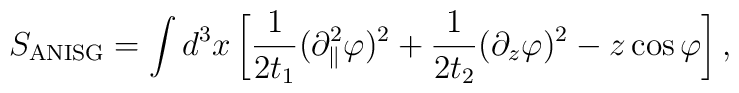
S_{\rm ANISG}=\int d^3 x\left[\frac{1}{2t_1}(\partial_\parallel^2\varphi)^2+\frac{1}{2t_2}(\partial_z\varphi)^2-z\cos\varphi\right],